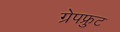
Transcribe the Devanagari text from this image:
ग्रेपफ्रुट